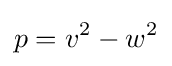
p=v^{2}-w^{2}